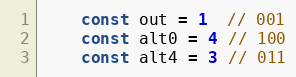
Language: Go
	const out = 1  // 001
	const alt0 = 4 // 100
	const alt4 = 3 // 011